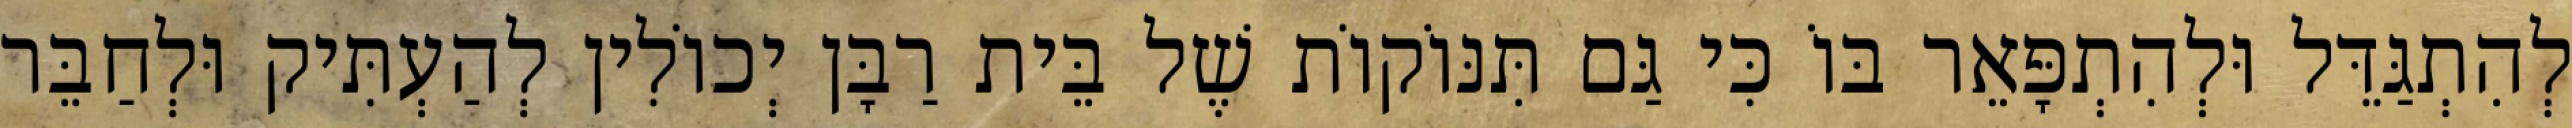
לְהִתְגַּדֵּל וּלְהִתְפָּאֵר בּוֹ כִּי גַּם תִּנּוֹקוֹת שֶׁל בֵּית רַבָּן יְכוֹלִין לְהַעְתִּיק וּלְחַבֵּר